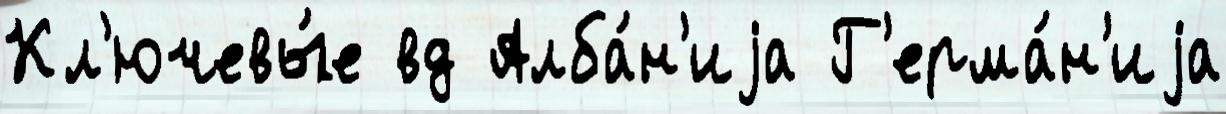
Кл'ючевы́е вд Алба́н'иjа Г'ерма́н'иjа